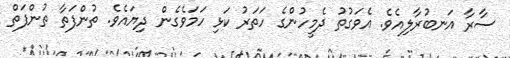
ސާރާ އަނބުރާލިއެވެ. އެވަގުތު ދެމީހުންގެ ހަތަރު ކަޅި ހަމަވެގެން ދިޔައެވެ. ތުންފަތާ ތުންފަތް